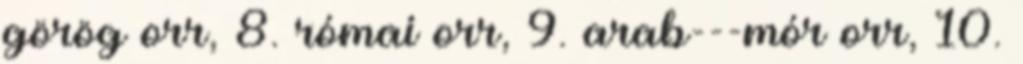
görög orr, 8. római orr, 9. arab---mór orr, 10.